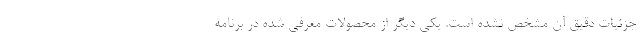
جزئیات دقیق آن مشخص نشده است. یکی دیگر از محصولات معرفی شده در برنامه